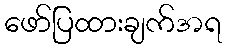
ဖော်ပြထားချက်အရ